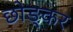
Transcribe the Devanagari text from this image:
छोङ्कर